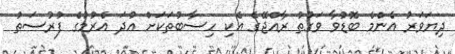
ދިޔަވަރު އެންމެ ބޮޑުވާ ވަގުތު ރާއްޖޭގެ އެކި ހިސާބުތަކަށް އުދަ އެރުމުގެ ފުރުސަތު